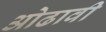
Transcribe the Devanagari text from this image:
ओढावी